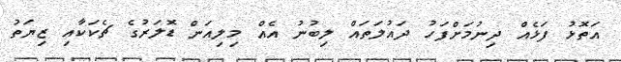
އަތޮޅު ފަޅެއް ދިނުމަށްފަހު ދައުލަތައް ލިބުނު އެއް މިލިއަން ޑޮލަރުގެ ޗެކަކާއި ޒިޔަތު